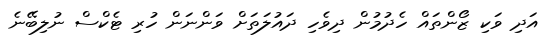
އަދި ވަކި ޒޯންތައް ހެދުމުން ދިވެހި ދައުލަތަށް ވަންނަން ހުރި ޓެކްސް ނުލިބޭނެ